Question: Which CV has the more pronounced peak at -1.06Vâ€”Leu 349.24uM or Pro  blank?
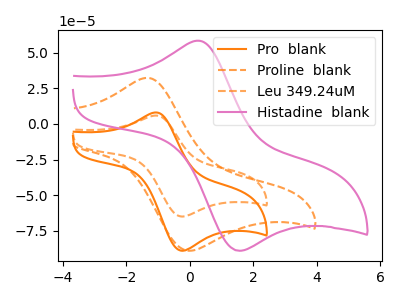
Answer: <think>The orange curve "Pro  blank" has an anodic peak at (-1.05V, 8.05uA) and a cathodic peak at (-0.30V, -88.85uA). The orange dashed curve "Proline  blank" has an anodic peak at (-1.35V, 32.30uA) and a cathodic peak at (-0.10V, -88.85uA). The orange dashed curve "Leu 349.24uM" has an anodic peak at (-1.05V, 5.85uA) and a cathodic peak at (-0.30V, -64.90uA). The pink curve "Histadine  blank" has an anodic peak at (0.30V, 58.30uA) and a cathodic peak at (1.55V, -88.95uA).</think>
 <answer>The peak at -1.06V is lower in "Leu 349.24uM" than in "Pro  blank".</answer>
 <eval>lower</eval>